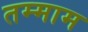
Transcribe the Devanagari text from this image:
तम्माम